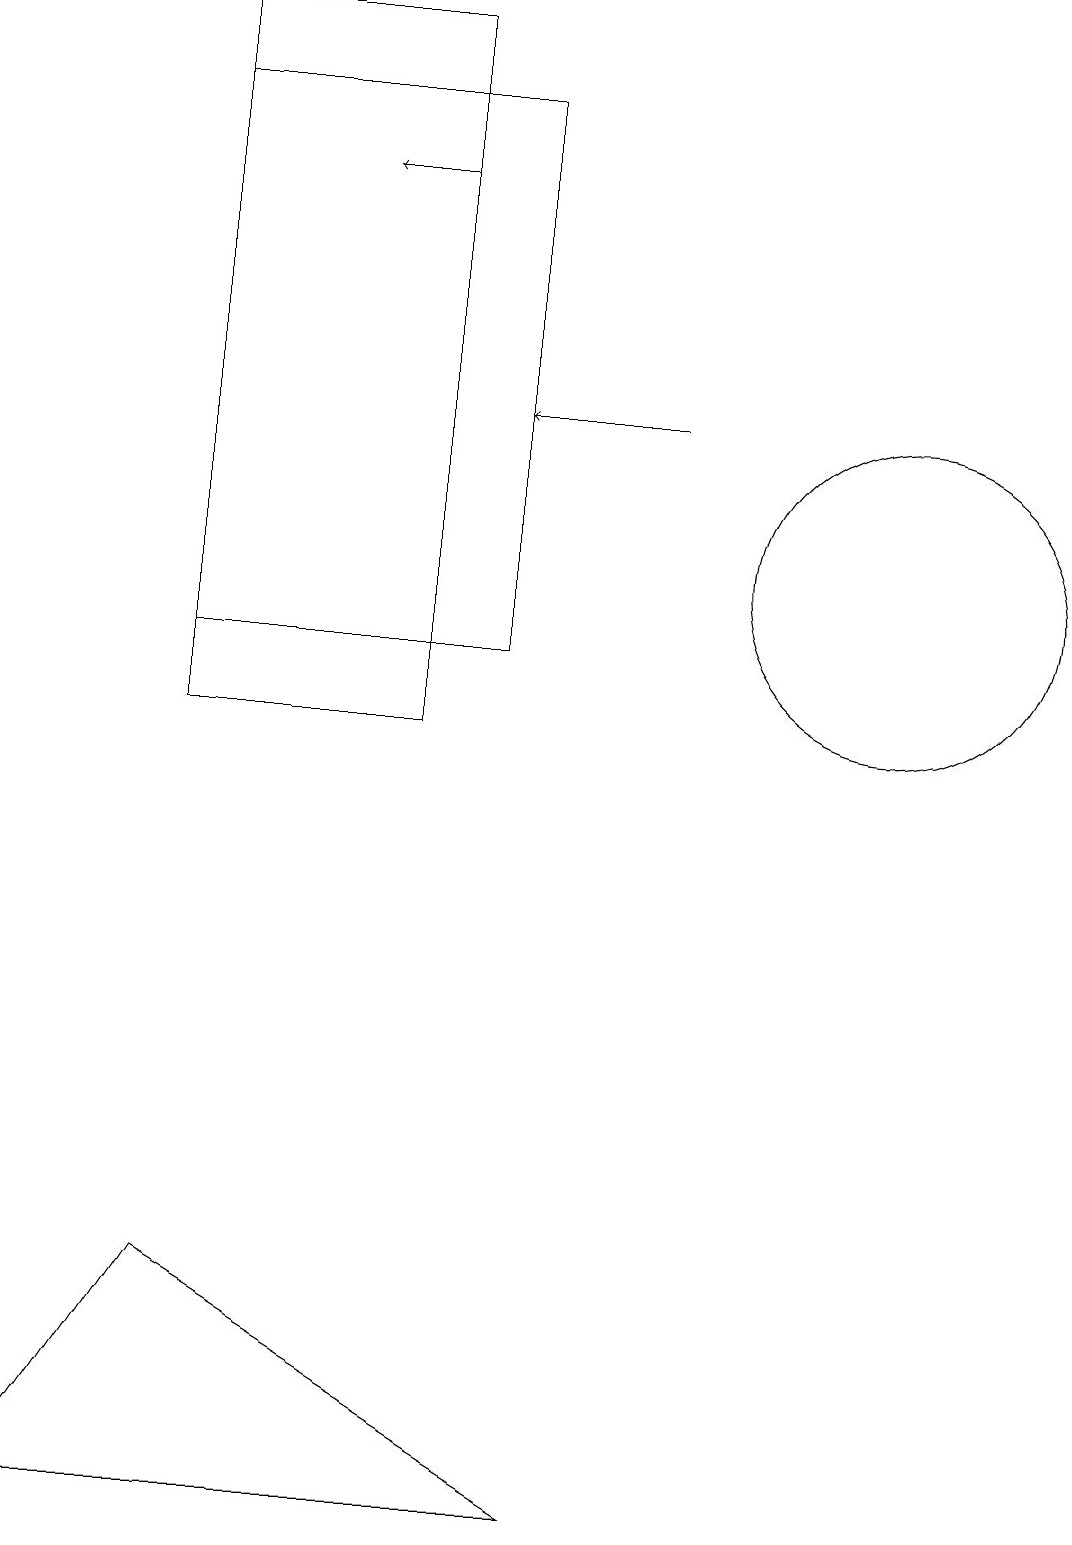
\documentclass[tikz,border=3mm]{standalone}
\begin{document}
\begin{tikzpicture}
\draw[->] (5,17) -- (4,17);
\draw (11,12) circle (2);
\draw (6,11) rectangle (2,18);
\draw (0,0) -- (7,0) -- (2,3) -- cycle;
\draw[->] (8,14) -- (6,14);
\draw (2,19) rectangle (5,10);
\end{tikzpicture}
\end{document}